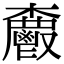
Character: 𮫗